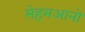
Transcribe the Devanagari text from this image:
मेहमआनो